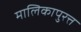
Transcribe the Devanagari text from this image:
मालिकापुरत्त